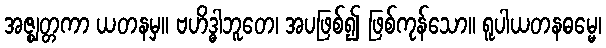
အဇ္ဈတ္တကာ ယတနမှ။ ဗဟိဒ္ဓါဘူတေ၊ အပဖြစ်၍ ဖြစ်ကုန်သော။ ရူပါယတနဓမ္မေ၊